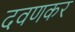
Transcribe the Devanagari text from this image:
दवणकर